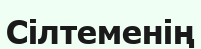
Сілтеменің